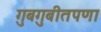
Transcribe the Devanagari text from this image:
गुबगुबीतपणा